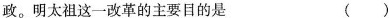
政。明太祖这一改革的主要目的是 ( )